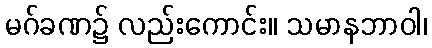
မဂ်ခဏ၌ လည်းကောင်း။ သမာနဘာဝါ၊